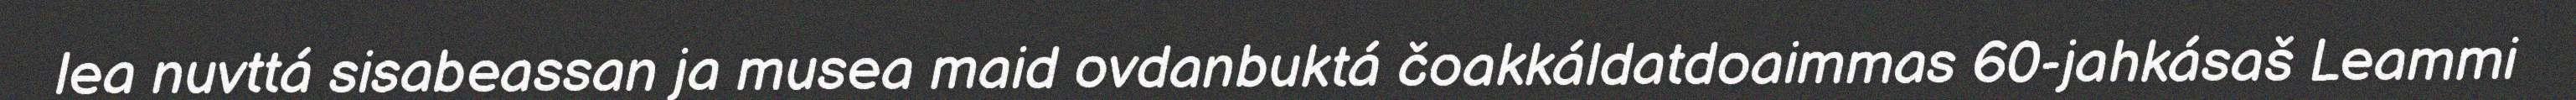
lea nuvttá sisabeassan ja musea maid ovdanbuktá čoakkáldatdoaimmas 60-jahkásaš Leammi